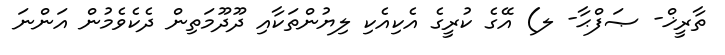
ތާރީޚް- ޞަފްޙާ- ލ) އޭގެ ކުރީގެ އެކިއެކި ލިޔުންތަކާއި ދޫދޫމަތިން ދެކެވެމުން އަންނަ